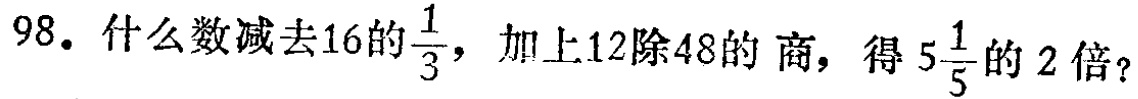
98. 什么数减去16的$\frac{1}{3}$，加上12除48的商，得$5\frac{1}{5}$的2倍？